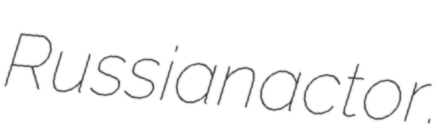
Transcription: Russian actor.